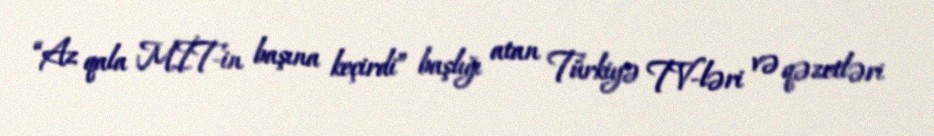
“Az qala MİT-in başına keçirdi” başlığı atan Türkiyə TV-ləri və qəzetləri